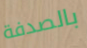
بالصدفة